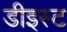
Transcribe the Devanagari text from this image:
डीइस्ट